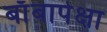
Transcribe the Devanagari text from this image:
बाँबापेक्षा